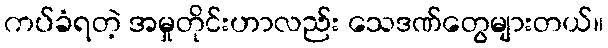
ကပ်ခံရတဲ့ အမှုတိုင်းဟာလည်း သေဒဏ်တွေများတယ်။